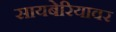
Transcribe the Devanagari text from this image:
सायबेरियावर